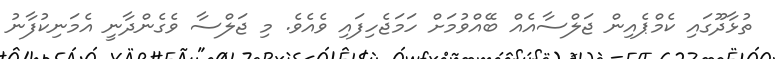
ތުޅާދޫގައި ކެމްޕެއިން ޖަލްސާއެއް ބޭއްވުމަށް ހަމަޖެހިފައި ވެއެވެ. މި ޖަލްސާ ވެގެންދާނީ އެމަނިކުފާނު